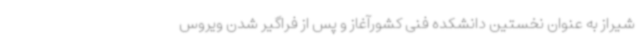
شیراز به عنوان نخستین دانشکده فنی کشورآغاز و پس از فراگیر شدن ویروس